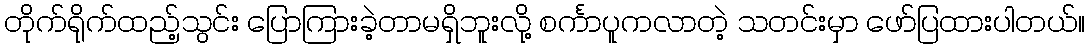
တိုက်ရိုက်ထည့်သွင်း ပြောကြားခဲ့တာမရှိဘူးလို့ စင်္ကာပူကလာတဲ့ သတင်းမှာ ဖော်ပြထားပါတယ်။